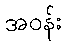
အဝန်း